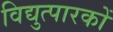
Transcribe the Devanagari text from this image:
विद्युत्पारकों